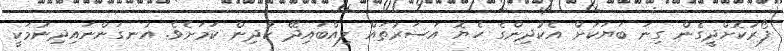
ފޯރުކޮށްދީގެން ގިނަ ބަޔަކަށް އެކުދިންގެ ހެޔޮ އަސަރުތައް ލިއްބައިދޭ ކުދިން ކަމަށެވެ. އުނގަންނައިދިނުމަކީ